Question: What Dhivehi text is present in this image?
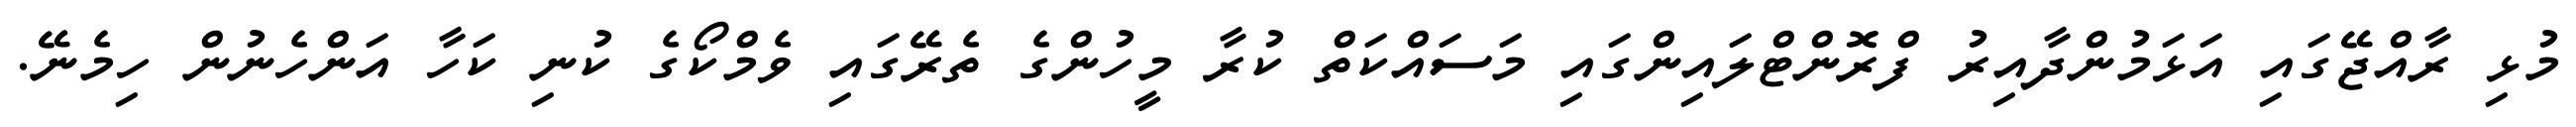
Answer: މުޅި ރާއްޖޭގައި އަޅަމުންދާއިރު ފްރޮންޓްލައިންގައި މަސައްކަތް ކުރާ މީހުންގެ ތެރޭގައި ވެމްކޯގެ ކުނި ކަހާ އަންހެނުން ހިމެނޭ.